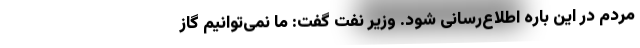
مردم در این باره اطلاع‌رسانی شود. وزیر نفت گفت: ما نمی‌توانیم گاز